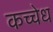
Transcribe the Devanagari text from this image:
कच्चेध